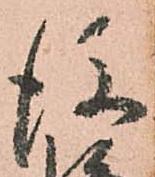
後